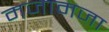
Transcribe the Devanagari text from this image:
मजामजा